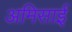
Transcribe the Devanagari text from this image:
अमिसाई